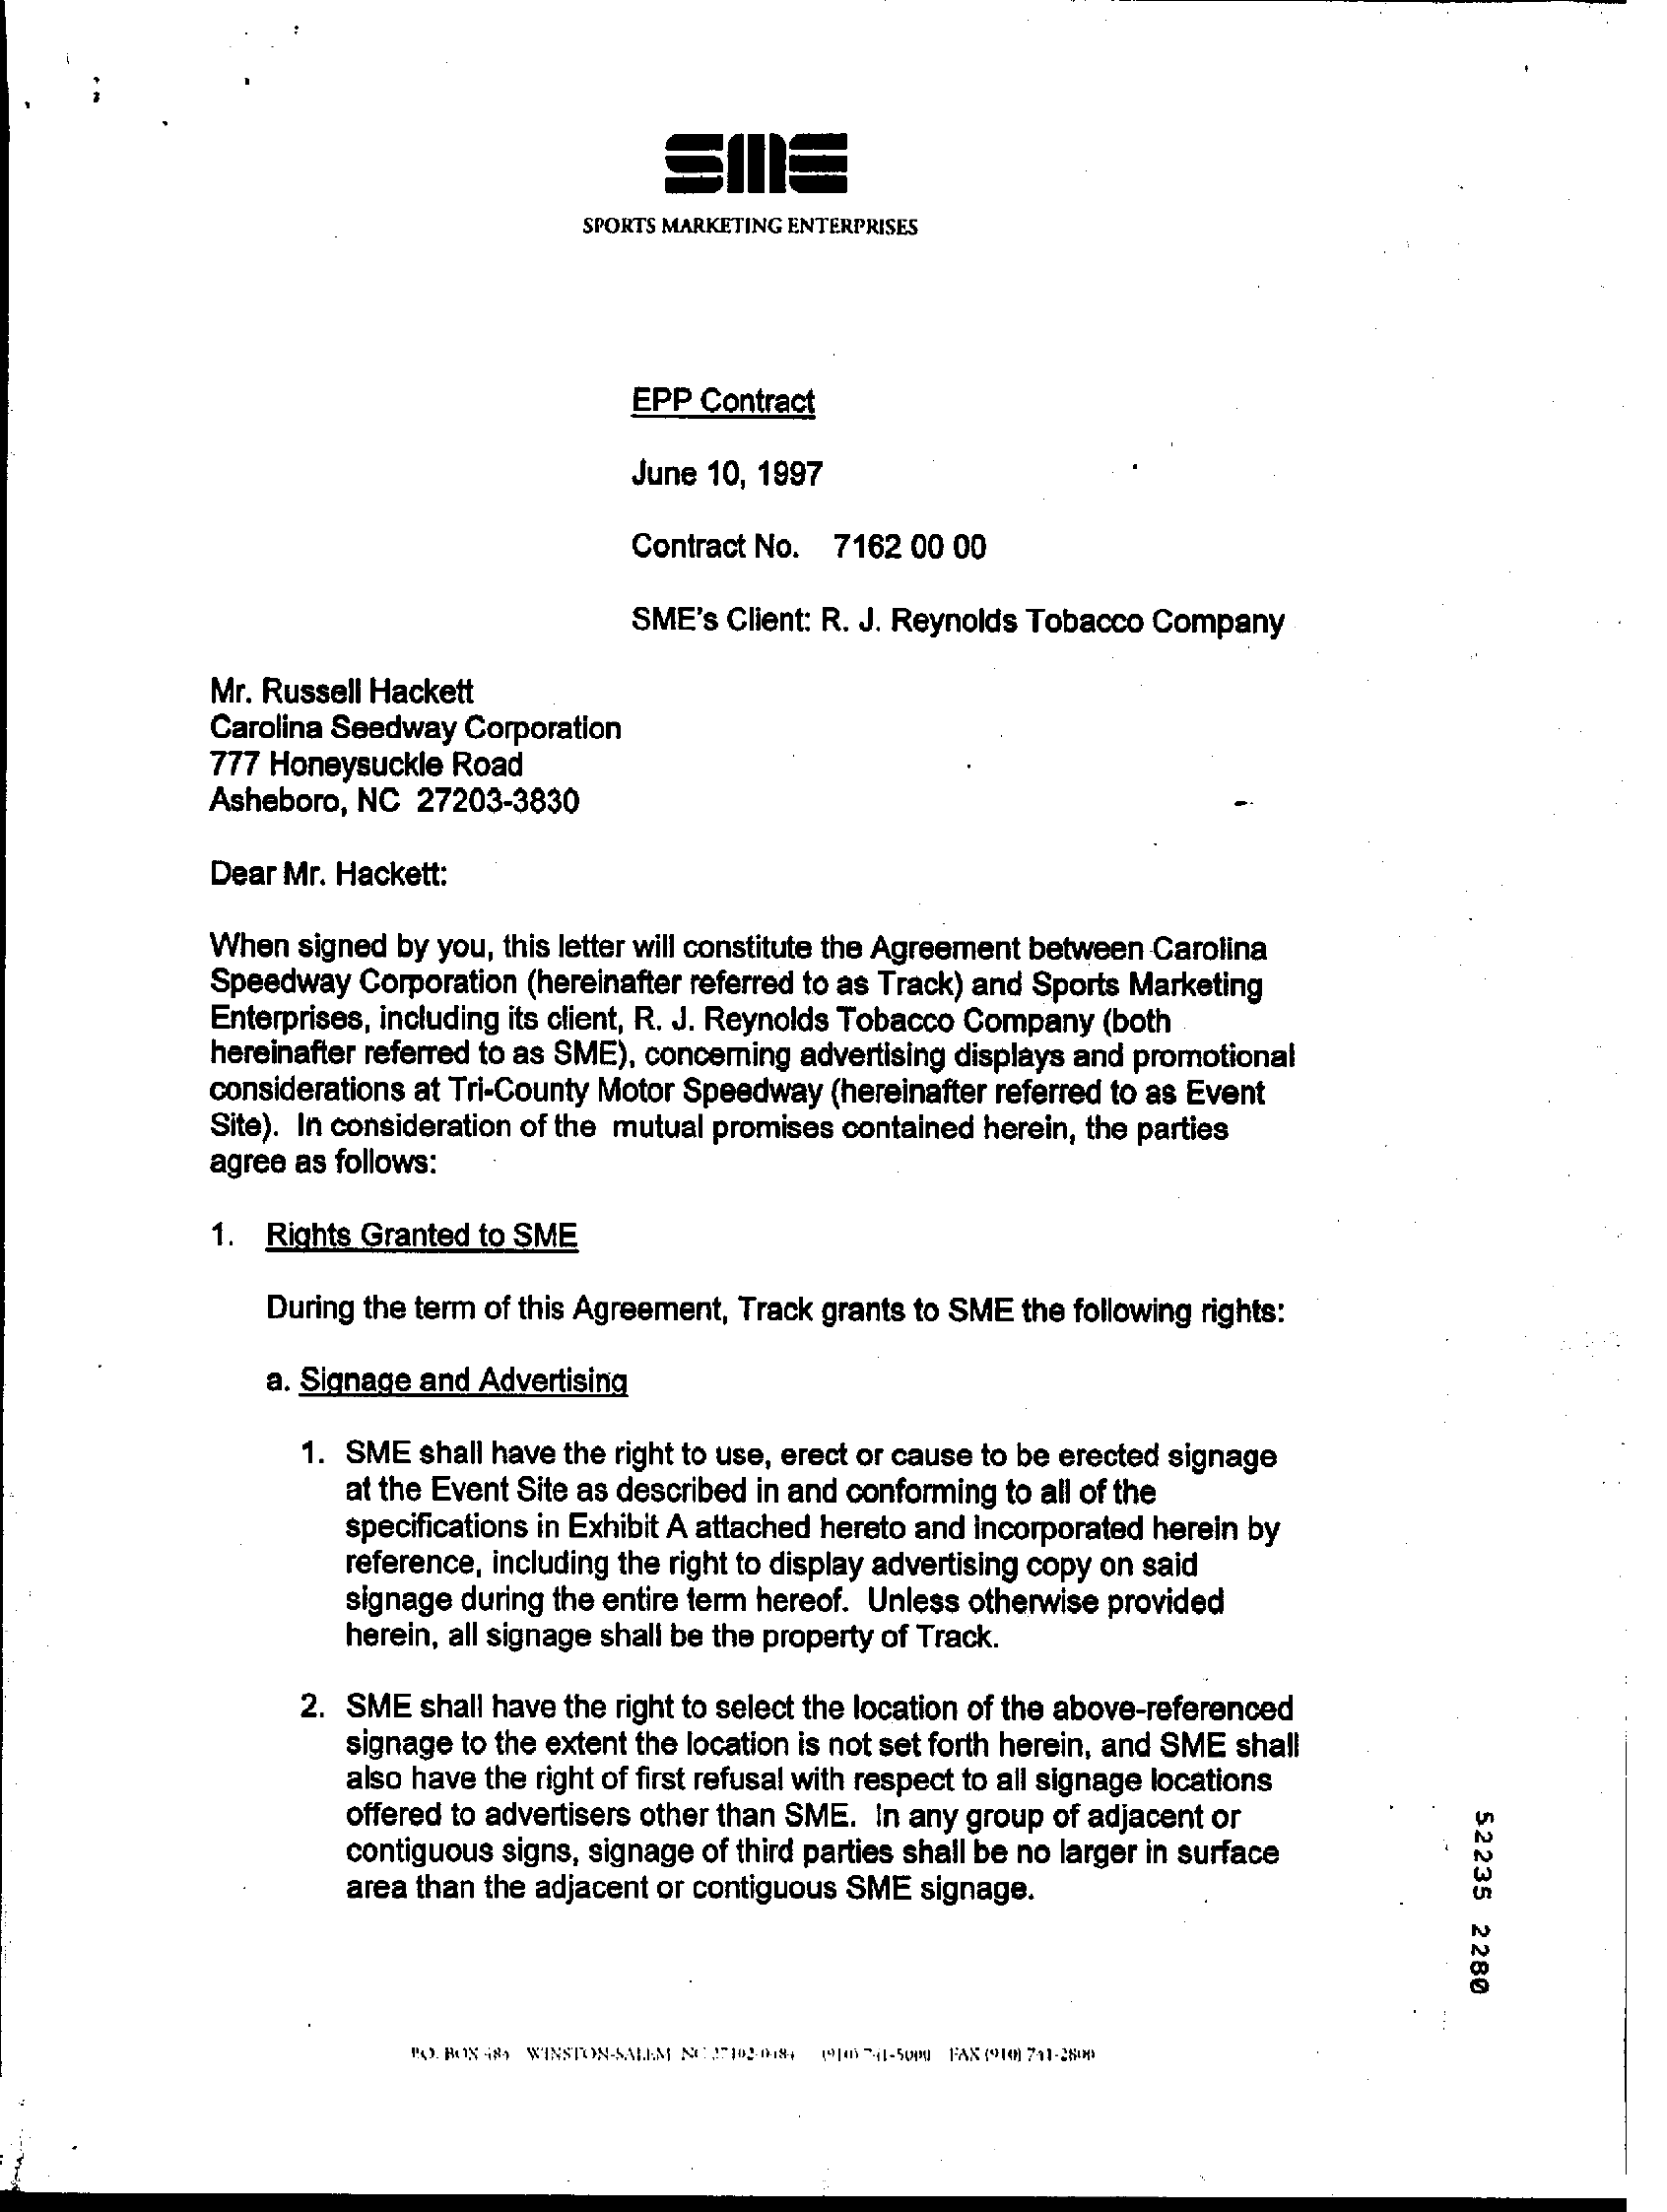
SPORTS MARKETING ENTERPRISES
     EPP  Contract
     June 10, 1997
     Contract No. 7162 00 00
     SME's Client: R. J. Reynolds Tobacco Company
     Mr. Russell Hackett
     Carolina Seedway Corporation
     777 Honeysuckle Road
     Asheboro, NC 27203-3830
     Dear Mr. Hackett:
     When signed by you, this letter will constitute the Agreement between Carolina
     Speedway Corporation (hereinafter referred to as Track) and Sports Marketing
     Enterprises, including its client, R. J. Reynolds Tobacco Company (both
     hereinafter referred to as SME), concerning advertising displays and promotional
     considerations at Tri-County Motor Speedway (hereinafter referred to as Event
     Site). In consideration of the mutual promises contained herein, the parties
     agree as follows:
     1. Rights Granted to SME
     During the term of this Agreement, Track grants to SME the following rights:
     a. Signage and Advertising
     1. SME shall have the right to use, erect or cause to be erected signage
     at the Event Site as described in and conforming to all of the
     specifications in Exhibit A attached hereto and incorporated herein by
     reference, including the right to display advertising copy on said
     signage during the entire term hereof. Unless otherwise provided
     herein, all signage shall be the property of Track.
     2. SME shall have the right to select the location of the above-referenced
     signage to the extent the location is not set forth herein, and SME shall
     also have the right of first refusal with respect to all signage locations
     offered to advertisers other than SME. In any group of adjacent or
     52235
     2280
     contiguous signs, signage of third parties shall be no larger in surface
     area than the adjacent or contiguous SME signage.